Vaccination in Bombay 1889-1901 - 1889-1901
Year: 1889
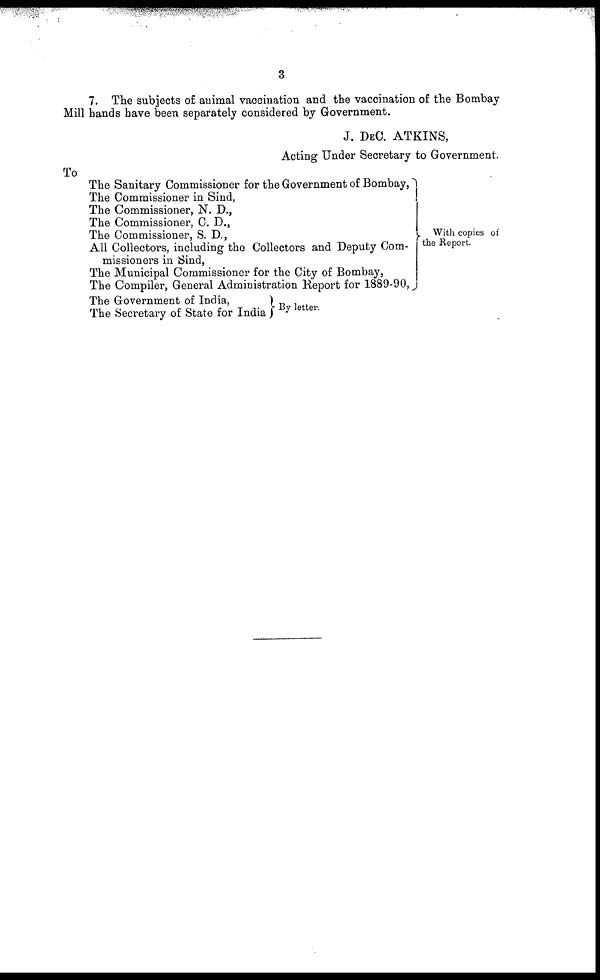
3
7. The subjects of animal vaccination and the vaccination of the Bombay
Mill hands have been separately considered by Government.
J. DEC. ATKINS,
Acting Under Secretary to Government.
To
The Sanitary Commissioner for the Government of Bombay,
The Commissioner in Sind,
The Commissioner, N. D.,
The Commissioner, C. D.,
The Commissioner, S. D.,
All Collectors, including the Collectors and Deputy Com-
missioners in Sind,
The Municipal Commissioner for the City of Bombay,
The Compiler, General Administration Report for 1889-90,
The Government of India,
The Secretary of State for India
By letter.
With copies of
the Report.